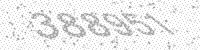
Solution: 388951